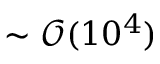
\sim \mathcal { O } ( 1 0 ^ { 4 } )